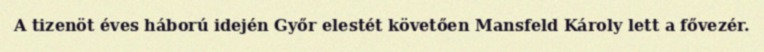
A tizenöt éves háború idején Győr elestét követően Mansfeld Károly lett a fővezér.